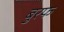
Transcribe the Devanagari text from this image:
बुरफ